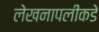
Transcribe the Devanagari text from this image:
लेखनापलीकडे